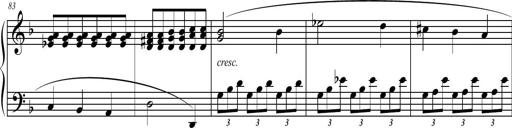
Title: 2 Sonatines faciles et brillantes pour le piano-forte seul
Composer: Carl Czerny